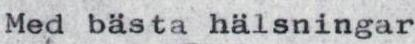
Med bästa hälsningar